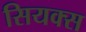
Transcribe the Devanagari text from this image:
सियक्स